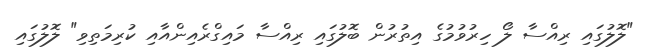
"ލޮލުގައި ރިއްސާ ލޯ ހިރުވުމުގެ އިތުރުން ބޮލުގައި ރިއްސާ މައިގްރެއިންއާއި ކުރިމަތިވި" ލޮލުގައި